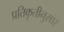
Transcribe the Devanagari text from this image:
प्रतिकृतीनुसार